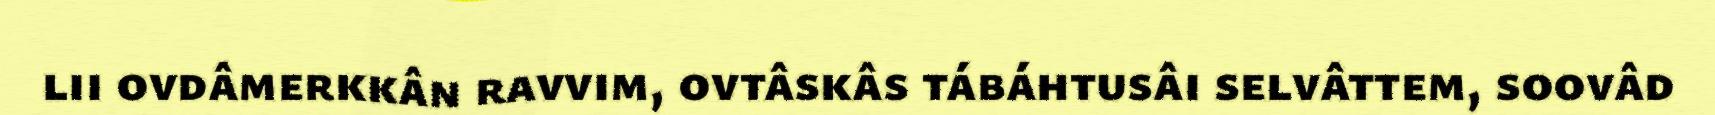
lii ovdâmerkkân ravvim, ovtâskâs tábáhtusâi selvâttem, soovâd